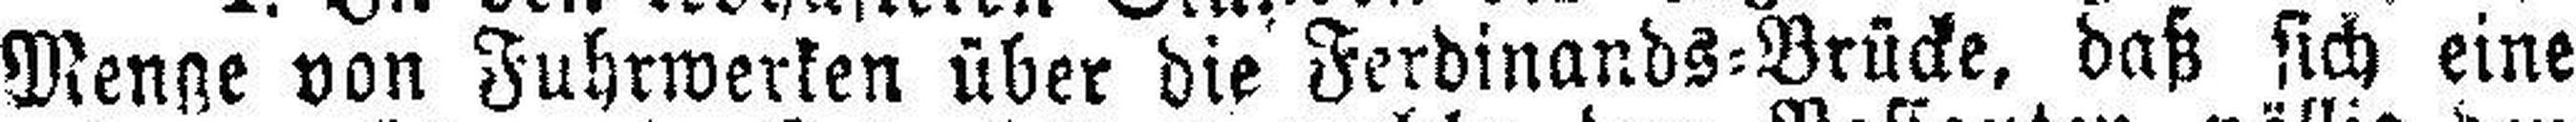
Menge von Fuhrwerken über die Ferdinands=Brücke, daß sich eine